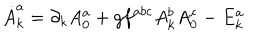
LaTeX: \dot { A } _ { k } ^ { a } = \partial _ { k } A _ { 0 } ^ { a } + g f ^ { a b c } A _ { k } ^ { b } A _ { 0 } ^ { c } - E _ { k } ^ { a }